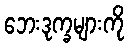
ဘေးဒုက္ခများကို